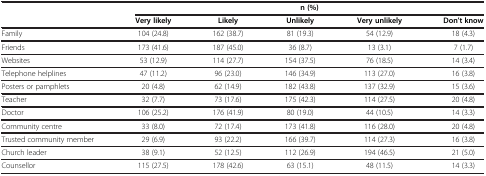
| <ROWSPAN=2>  | <COLSPAN=5> n (%) |
 | Very likely | Likely | Unlikely | Very unlikely | Don’t know |
 | --- | --- | --- | --- | --- | --- |
 | Family | 104 (24.8) | 162 (38.7) | 81 (19.3) | 54 (12.9) | 18 (4.3) |
 | Friends | 173 (41.6) | 187 (45.0) | 36 (8.7) | 13 (3.1) | 7 (1.7) |
 | Websites | 53 (12.9) | 114 (27.7) | 154 (37.5) | 76 (18.5) | 14 (3.4) |
 | Telephone helplines | 47 (11.2) | 96 (23.0) | 146 (34.9) | 113 (27.0) | 16 (3.8) |
 | Posters or pamphlets | 20 (4.8) | 62 (14.9) | 182 (43.8) | 137 (32.9) | 15 (3.6) |
 | Teacher | 32 (7.7) | 73 (17.6) | 175 (42.3) | 114 (27.5) | 20 (4.8) |
 | Doctor | 106 (25.2) | 176 (41.9) | 80 (19.0) | 44 (10.5) | 14 (3.3) |
 | Community centre | 33 (8.0) | 72 (17.4) | 173 (41.8) | 116 (28.0) | 20 (4.8) |
 | Trusted community member | 29 (6.9) | 93 (22.2) | 166 (39.7) | 114 (27.3) | 16 (3.8) |
 | Church leader | 38 (9.1) | 52 (12.5) | 112 (26.9) | 194 (46.5) | 21 (5.0) |
 | Counsellor | 115 (27.5) | 178 (42.6) | 63 (15.1) | 48 (11.5) | 14 (3.3) |